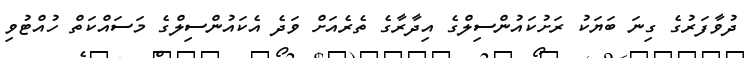
ދުވާފަރުގެ ގިނަ ބަޔަކު ރަށުކައުންސިލްގެ އިދާރާގެ ތެރެއަށް ވަދެ އެކައުންސިލްގެ މަސައްކަތް ހުއްޓުވި